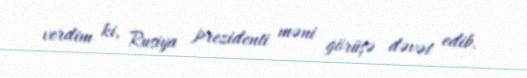
verdim ki, Rusiya prezidenti məni görüşə dəvət edib.